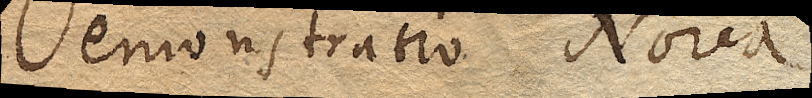
Demonstratio Nova